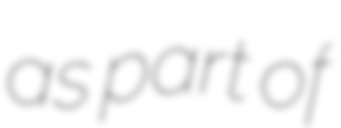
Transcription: as part of